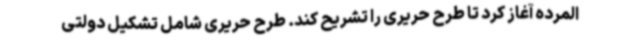
المرده آغاز کرد تا طرح حریری را تشریح کند. طرح حریری شامل تشکیل دولتی